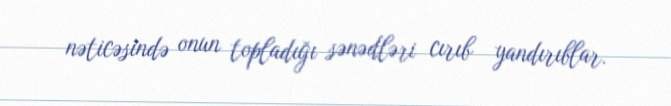
nəticəsində onun topladığı sənədləri cırıb yandırıblar.